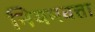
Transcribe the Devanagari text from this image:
नियमवत्ता